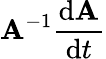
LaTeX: \mathbf{A}^{-1}{\frac{\mathrm{d}\mathbf{A}}{\mathrm{d}t}}